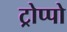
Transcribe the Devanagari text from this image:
ट्रोप्पो